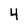
Character: 4